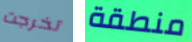
تخرجت منطقة